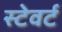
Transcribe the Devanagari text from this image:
स्टेवर्ट